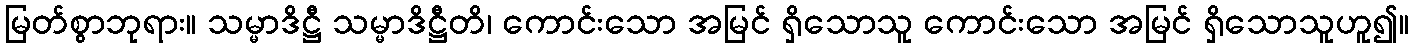
မြတ်စွာဘုရား။ သမ္မာဒိဋ္ဌီ သမ္မာဒိဋ္ဌီတိ၊ ကောင်းသော အမြင် ရှိသောသူ ကောင်းသော အမြင် ရှိသောသူဟူ၍။